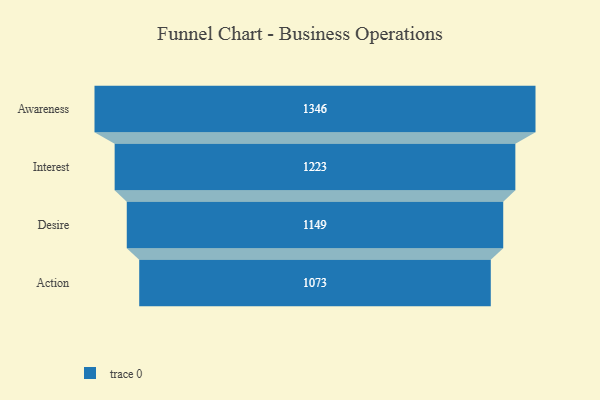
{"axis": {"x": "Stage", "y": "Value"}, "legend": [""], "data": [{"x": "Awareness", "y": 1346.0, "type": ""}, {"x": "Interest", "y": 1223.0, "type": ""}, {"x": "Desire", "y": 1149.0, "type": ""}, {"x": "Action", "y": 1073.0, "type": ""}]}